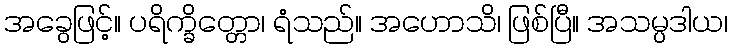
အခွေဖြင့်။ ပရိက္ခိတ္တော၊ ရံသည်။ အဟောသိ၊ ဖြစ်ပြီ။ အသမ္ပဒါယ၊